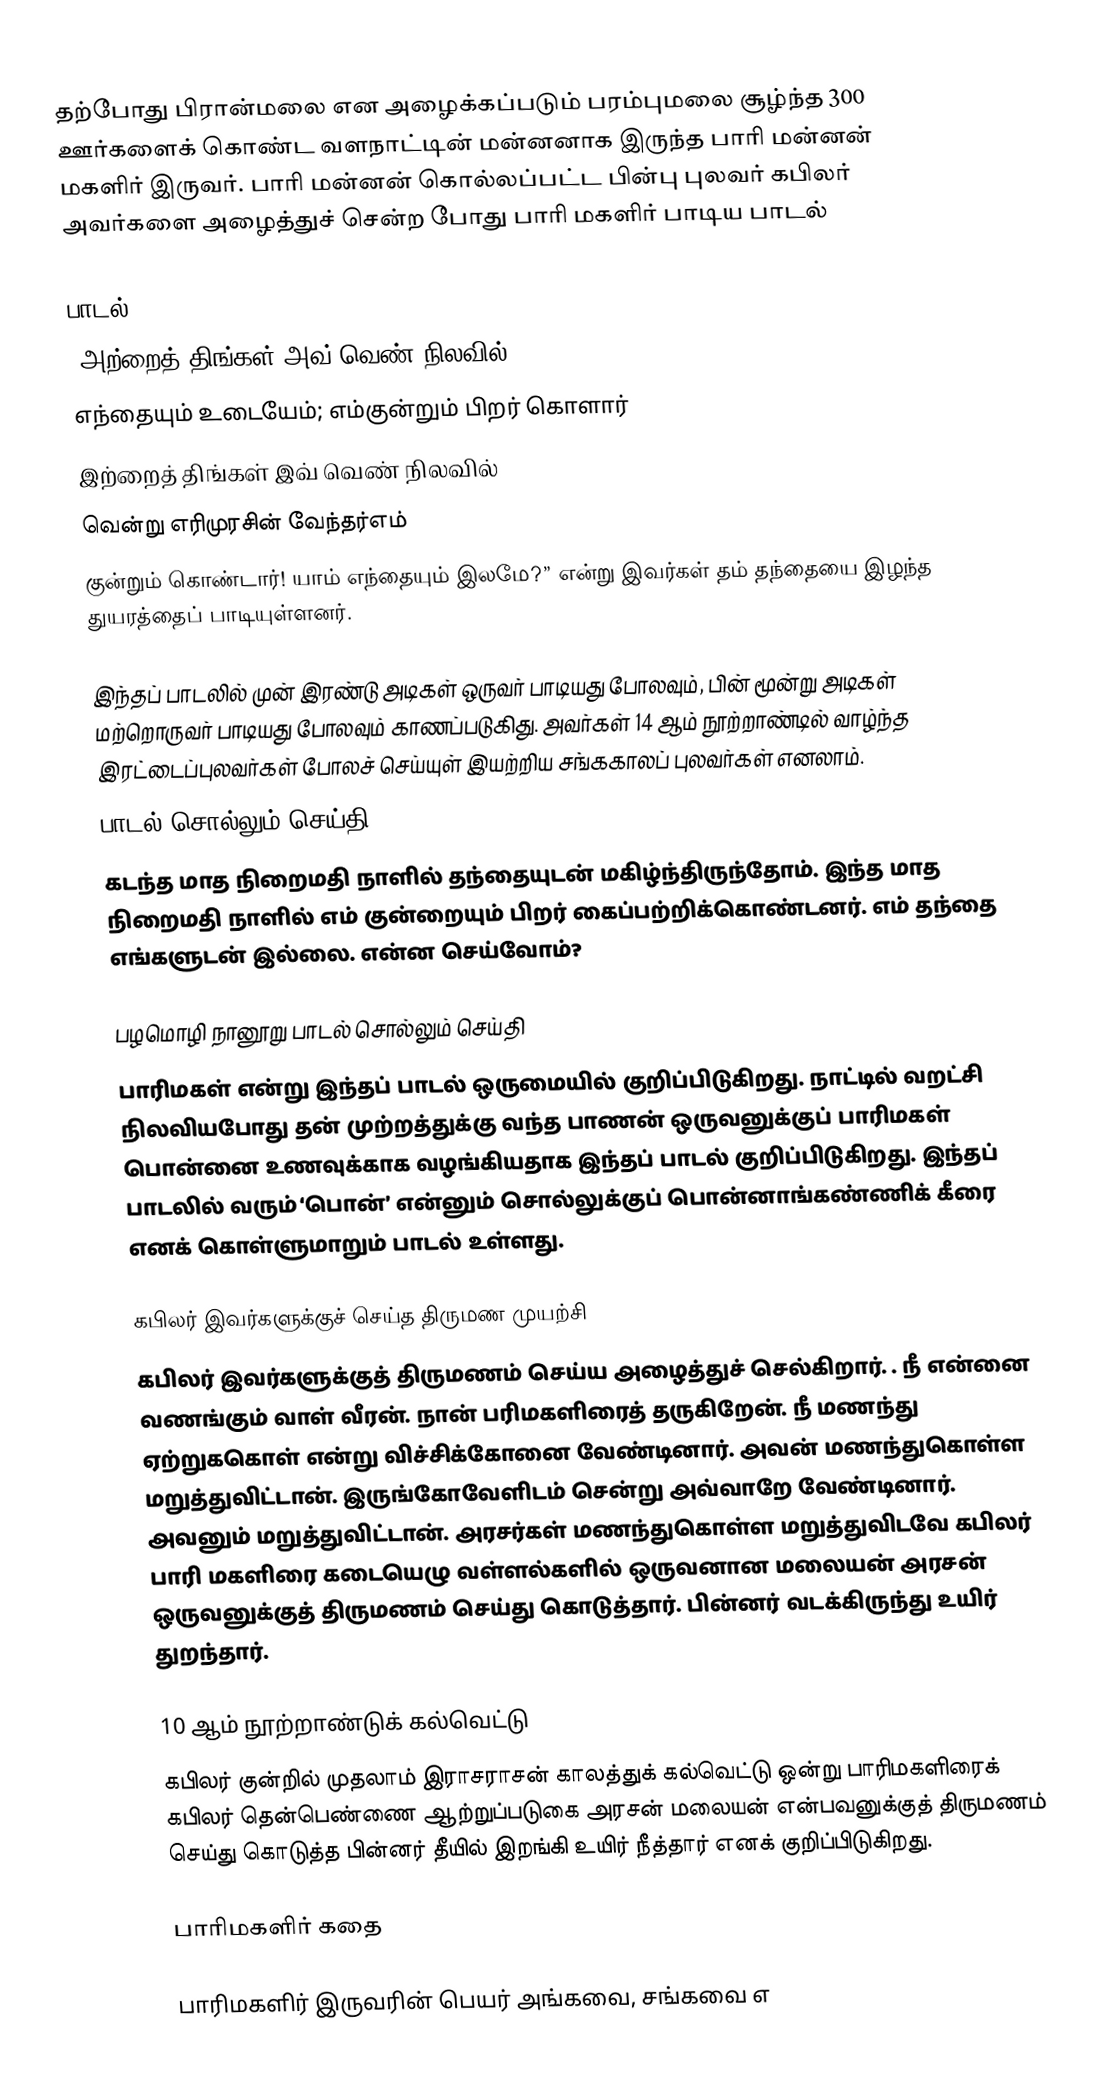
தற்போது பிரான்மலை என அழைக்கப்படும் பரம்புமலை சூழ்ந்த 300 ஊர்களைக் கொண்ட வளநாட்டின் மன்னனாக இருந்த பாரி மன்னன் மகளிர் இருவர். பாரி மன்னன் கொல்லப்பட்ட பின்பு புலவர் கபிலர் அவர்களை அழைத்துச் சென்ற போது பாரி மகளிர் பாடிய பாடல்

பாடல்
“அற்றைத் திங்கள் அவ் வெண் நிலவில்
எந்தையும் உடையேம்; எம்குன்றும் பிறர் கொளார்
இற்றைத் திங்கள் இவ் வெண் நிலவில்
வென்று எரிமுரசின் வேந்தர்எம்
குன்றும் கொண்டார்! யாம் எந்தையும் இலமே?” என்று இவர்கள் தம் தந்தையை இழந்த துயரத்தைப் பாடியுள்ளனர்.

இந்தப் பாடலில் முன் இரண்டு அடிகள் ஒருவர் பாடியது போலவும், பின் மூன்று அடிகள் மற்றொருவர் பாடியது போலவும் காணப்படுகிது. அவர்கள் 14 ஆம் நூற்றாண்டில் வாழ்ந்த இரட்டைப்புலவர்கள் போலச் செய்யுள் இயற்றிய சங்ககாலப் புலவர்கள் எனலாம்.
பாடல் சொல்லும் செய்தி
கடந்த மாத நிறைமதி நாளில் தந்தையுடன் மகிழ்ந்திருந்தோம். இந்த மாத நிறைமதி நாளில் எம் குன்றையும் பிறர் கைப்பற்றிக்கொண்டனர். எம் தந்தை எங்களுடன் இல்லை. என்ன செய்வோம்?

பழமொழி நானூறு பாடல் சொல்லும் செய்தி
பாரிமகள் என்று இந்தப் பாடல் ஒருமையில் குறிப்பிடுகிறது. நாட்டில் வறட்சி நிலவியபோது தன் முற்றத்துக்கு வந்த பாணன் ஒருவனுக்குப் பாரிமகள் பொன்னை உணவுக்காக வழங்கியதாக இந்தப் பாடல் குறிப்பிடுகிறது. இந்தப் பாடலில் வரும் ‘பொன்’ என்னும் சொல்லுக்குப் பொன்னாங்கண்ணிக் கீரை எனக் கொள்ளுமாறும் பாடல் உள்ளது.

கபிலர் இவர்களுக்குச் செய்த திருமண முயற்சி
கபிலர் இவர்களுக்குத் திருமணம் செய்ய அழைத்துச் செல்கிறார். . நீ என்னை வணங்கும் வாள் வீரன். நான் பரிமகளிரைத் தருகிறேன். நீ மணந்து ஏற்றுககொள் என்று விச்சிக்கோனை வேண்டினார். அவன் மணந்துகொள்ள மறுத்துவிட்டான்.  இருங்கோவேளிடம் சென்று அவ்வாறே வேண்டினார். அவனும் மறுத்துவிட்டான்.  அரசர்கள் மணந்துகொள்ள மறுத்துவிடவே கபிலர் பாரி மகளிரை கடையெழு வள்ளல்களில் ஒருவனான மலையன் அரசன் ஒருவனுக்குத் திருமணம் செய்து கொடுத்தார். பின்னர் வடக்கிருந்து உயிர் துறந்தார்.

10 ஆம் நூற்றாண்டுக் கல்வெட்டு
கபிலர் குன்றில் முதலாம் இராசராசன் காலத்துக் கல்வெட்டு ஒன்று பாரிமகளிரைக் கபிலர் தென்பெண்ணை ஆற்றுப்படுகை அரசன் மலையன் என்பவனுக்குத் திருமணம் செய்து கொடுத்த பின்னர் தீயில் இறங்கி உயிர் நீத்தார் எனக் குறிப்பிடுகிறது.

பாரிமகளிர் கதை

பாரிமகளிர் இருவரின் பெயர் அங்கவை, சங்கவை எ